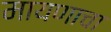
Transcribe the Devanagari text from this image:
मायणाचा